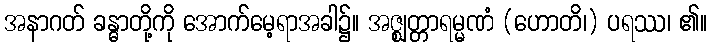
အနာဂတ် ခန္ဓာတို့ကို အောက်မေ့ရာအခါ၌။ အဇ္ဈတ္တာရမ္မဏံ (ဟောတိ၊) ပရဿ၊ ၏။